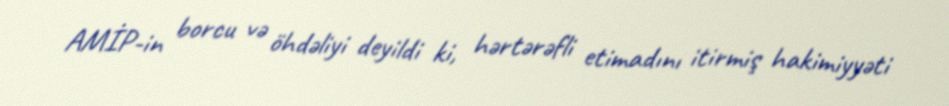
AMİP-in borcu və öhdəliyi deyildi ki, hərtərəfli etimadını itirmiş hakimiyyəti